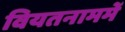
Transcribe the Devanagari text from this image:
वियतनाममें